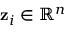
\mathbf { z } _ { i } \in \mathbb { R } ^ { n }